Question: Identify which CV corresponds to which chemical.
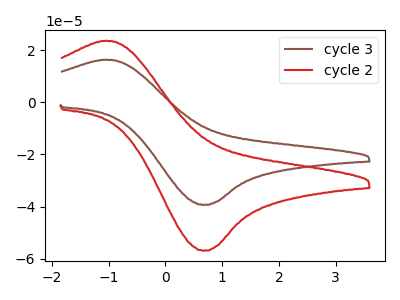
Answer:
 <answer>The brown curve is labeled "cycle 3". The red curve is labeled "cycle 2".</answer>
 <eval></eval>